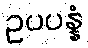
ဥပပန္နံ